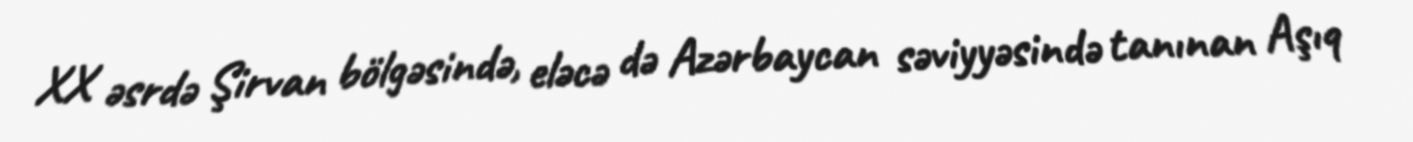
XX əsrdə Şirvan bölgəsində, eləcə də Azərbaycan səviyyəsində tanınan Aşıq